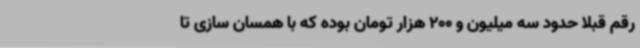
رقم قبلا حدود سه میلیون و 200 هزار تومان بوده که با همسان سازی تا